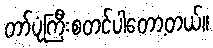
တာ်ပုံကြီးစတင်ပါတော့တယ်။